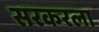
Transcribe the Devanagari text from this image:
सरकरला